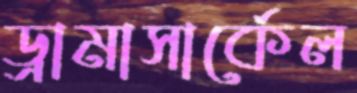
ড্রামাসার্কেল